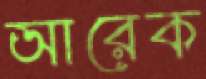
আরেক